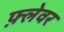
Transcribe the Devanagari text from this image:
फ़्लेवर